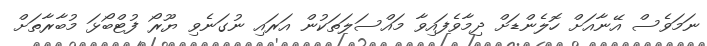
ނަމަވެސް އޭނާއަށް ހޮލެންޑަށް ދިމާވެފައިވާ މައްސަލަތަކުން އަރައި ނުގަނެވި ޔޫރޯ ފުޓްބޯޅަ މުބާރާތަށް